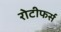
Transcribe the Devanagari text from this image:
रोटीफर्स